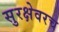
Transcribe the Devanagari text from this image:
सुरक्षेवरच